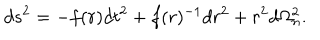
d s ^ { 2 } = - f ( r ) d t ^ { 2 } + f ( r ) ^ { - 1 } d r ^ { 2 } + r ^ { 2 } d \Omega _ { n } ^ { 2 } .